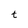
Character: t